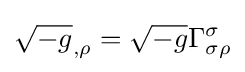
{\sqrt {-g}}_{,\rho }={\sqrt {-g}}\Gamma _{\sigma \rho }^{\sigma }